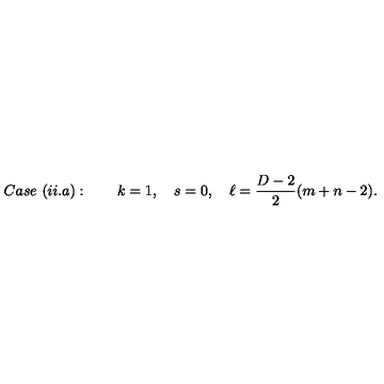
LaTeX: C a s e \ ( i i . a ) : \qquad k = 1 , \quad s = 0 , \quad \ell = \frac { D - 2 } { 2 } ( m + n - 2 ) .